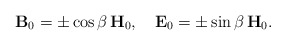
\begin{align*}{\bf B}_0=\pm\cos\beta\, {\bf H}_0, \ \ \ {\bf E}_0= \pm\sin\beta\, {\bf H}_0.\end{align*}